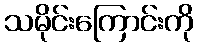
သမိုင်းကြောင်းကို